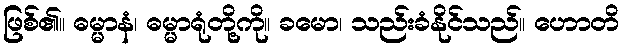
ဖြစ်၏။ ဓမ္မာနံ၊ ဓမ္မာရုံတို့ကို။ ခမော၊ သည်းခံနိုင်သည်။ ဟောတိ